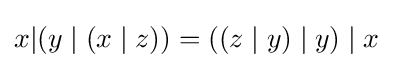
x|(y\mid (x\mid z))=((z\mid y)\mid y)\mid x